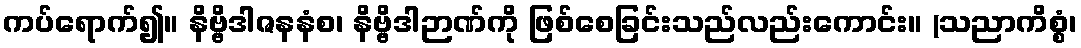
ကပ်ရောက်၍။ နိဗ္ဗိဒါဇနနံစ၊ နိဗ္ဗိဒါဉာဏ်ကို ဖြစ်စေခြင်းသည်လည်းကောင်း။ (သညာကိစ္စံ၊